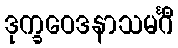
ဒုက္ခဝေဒနာသမင်္ဂီ